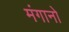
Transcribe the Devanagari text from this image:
मंगानो